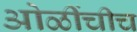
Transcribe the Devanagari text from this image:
ओळींचीच